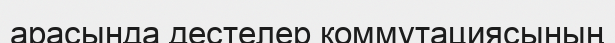
арасында дестелер коммутациясының